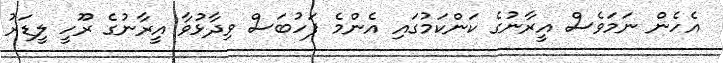
އެހެން ނަމަވެސް އީރާނުގެ ކަންކަމުގައި އެންމެ ފަހުބަސް ވިދާޅުވާ އީރާނުގެ ރޫހީ ލީޑަރު